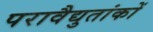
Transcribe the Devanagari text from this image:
परावैद्युतांकों